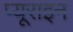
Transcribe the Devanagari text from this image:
प्यूराइन